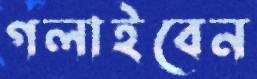
গলাইবেন